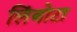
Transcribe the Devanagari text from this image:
लिंबोटा